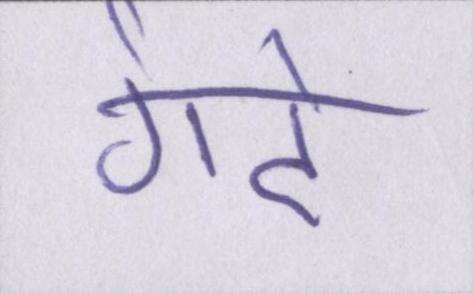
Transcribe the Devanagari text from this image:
गंदे